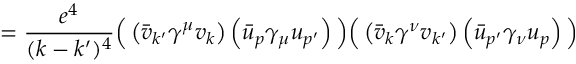
= { \frac { e ^ { 4 } } { ( k - k ^ { \prime } ) ^ { 4 } } } { \Big ( } \left( { \bar { v } } _ { k ^ { \prime } } \gamma ^ { \mu } v _ { k } \right) \left( { \bar { u } } _ { p } \gamma _ { \mu } u _ { p ^ { \prime } } \right) { \Big ) } { \Big ( } \left( { \bar { v } } _ { k } \gamma ^ { \nu } v _ { k ^ { \prime } } \right) \left( { \bar { u } } _ { p ^ { \prime } } \gamma _ { \nu } u _ { p } \right) { \Big ) }